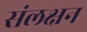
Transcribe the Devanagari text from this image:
संलक्षन